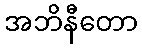
အဘိနီတော